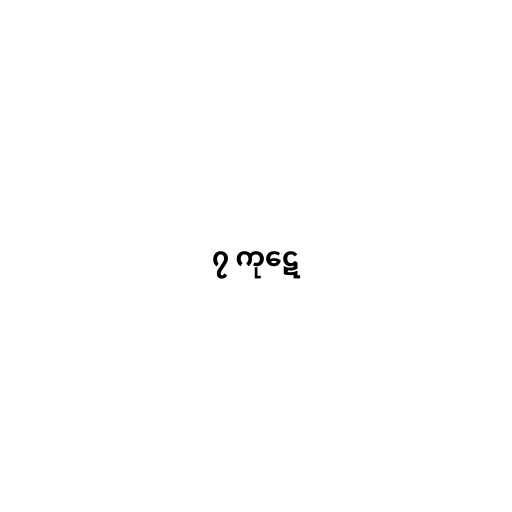
၇ ကုဋေ